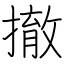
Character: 撤